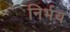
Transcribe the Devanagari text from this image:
निर्भय